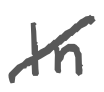
Text: In
Cross-out: diagonal
Writing tool: digital_gray